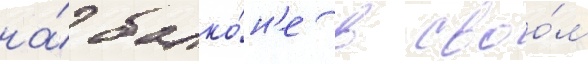
на́ балко́н'е в своо́м